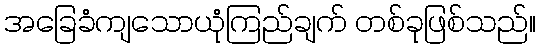
အခြေခံကျသောယုံကြည်ချက် တစ်ခုဖြစ်သည်။